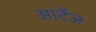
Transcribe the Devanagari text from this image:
आर्टेज